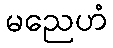
မညေဟံ